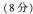
（8分）